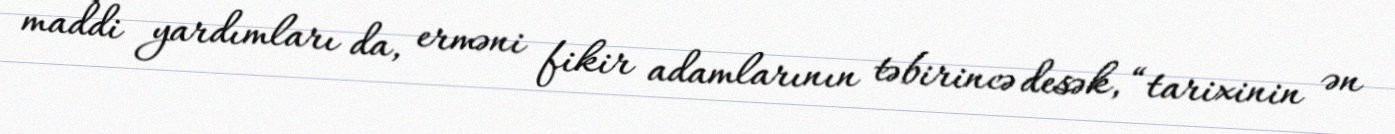
maddi yardımları da, erməni fikir adamlarının təbirincə desək, “tarixinin ən